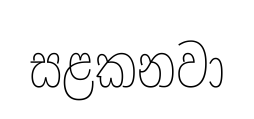
සළකනවා